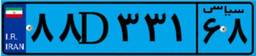
۸۲D۳۳۵۸۳